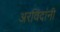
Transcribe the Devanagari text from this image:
अरविंदांनी